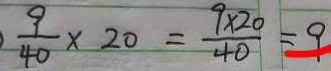
\frac { 9 } { 4 0 } \times 2 0 = \frac { 9 \times 2 0 } { 4 0 } = 9